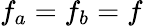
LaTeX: f_{a}=f_{b}=f